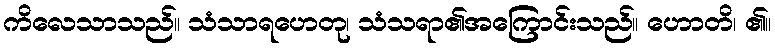
ကိလေသာသည်။ သံသာရဟေတု၊ သံသရာ၏အကြောင်းသည်။ ဟောတိ၊ ၏။